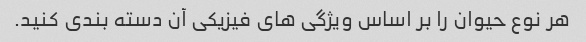
هر نوع حیوان را بر اساس ویژگی های فیزیکی آن دسته بندی کنید.